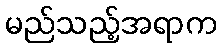
မည်သည့်အရာက